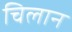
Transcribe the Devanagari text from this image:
चिलान